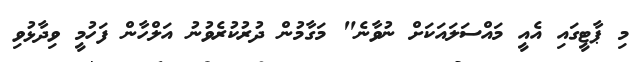
މި ޕާޓީގައި އެއީ މައްސަލައަކަށް ނުވާނެ" މަގާމުން ދުރުކުރެވުނު އަލްހާން ފަހުމީ ވިދާޅުވި